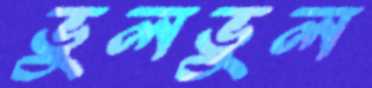
ভুলভুল